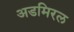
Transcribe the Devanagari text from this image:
अडमिरल